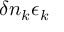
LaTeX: \delta n _ { k } \epsilon _ { k }